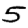
Digit: 5